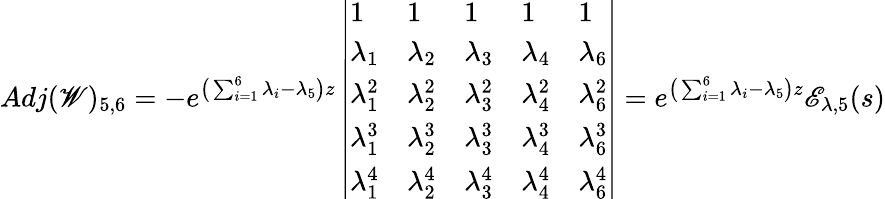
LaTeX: Adj(\mathscr{W})_{5,6}=-e^{\big(\sum_{i=1}^{6}\lambda_{i}-\lambda_{5}\big)z}\left|\begin{array}{lllll}{1}&{1}&{1}&{1}&{1}\\ {\lambda_{1}}&{\lambda_{2}}&{\lambda_{3}}&{\lambda_{4}}&{\lambda_{6}}\\ {\lambda_{1}^{2}}&{\lambda_{2}^{2}}&{\lambda_{3}^{2}}&{\lambda_{4}^{2}}&{\lambda_{6}^{2}}\\ {\lambda_{1}^{3}}&{\lambda_{2}^{3}}&{\lambda_{3}^{3}}&{\lambda_{4}^{3}}&{\lambda_{6}^{3}}\\ {\lambda_{1}^{4}}&{\lambda_{2}^{4}}&{\lambda_{3}^{4}}&{\lambda_{4}^{4}}&{\lambda_{6}^{4}}\end{array}\right|=e^{\big(\sum_{i=1}^{6}\lambda_{i}-\lambda_{5}\big)z}\mathscr{E}_{\lambda,5}(s)